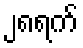
၂၈ရက်